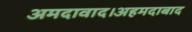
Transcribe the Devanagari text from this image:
अमदावाद।अहमदाबाद